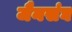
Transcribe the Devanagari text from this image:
जैनसंघ